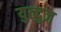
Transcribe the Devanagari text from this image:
युल्दुज़